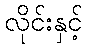
လိုင်းနှင့်